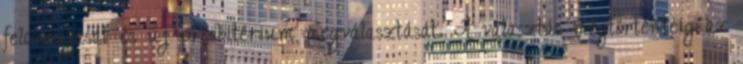
feloszlatását és új presbitérium megválasztását. A választás megtörténtéig az